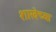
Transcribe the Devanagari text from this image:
शाखेच्‍या